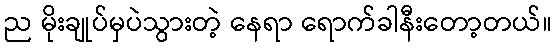
ည မိုးချုပ်မှပဲသွားတဲ့ နေရာ ရောက်ခါနီးတော့တယ်။